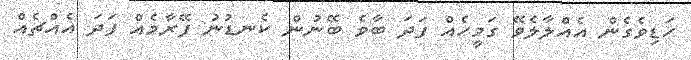
ހަޑިވެގެން އެއްލާލެވޭ ގަމީހެއް ފަދަ ބާވެ ބޭނުން ކެނޑުނު ފޭރާމެއް ފަދަ އެއްޗެއް